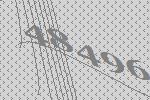
48496